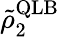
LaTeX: \tilde{\rho}_{2}^{\mathrm{QLB}}